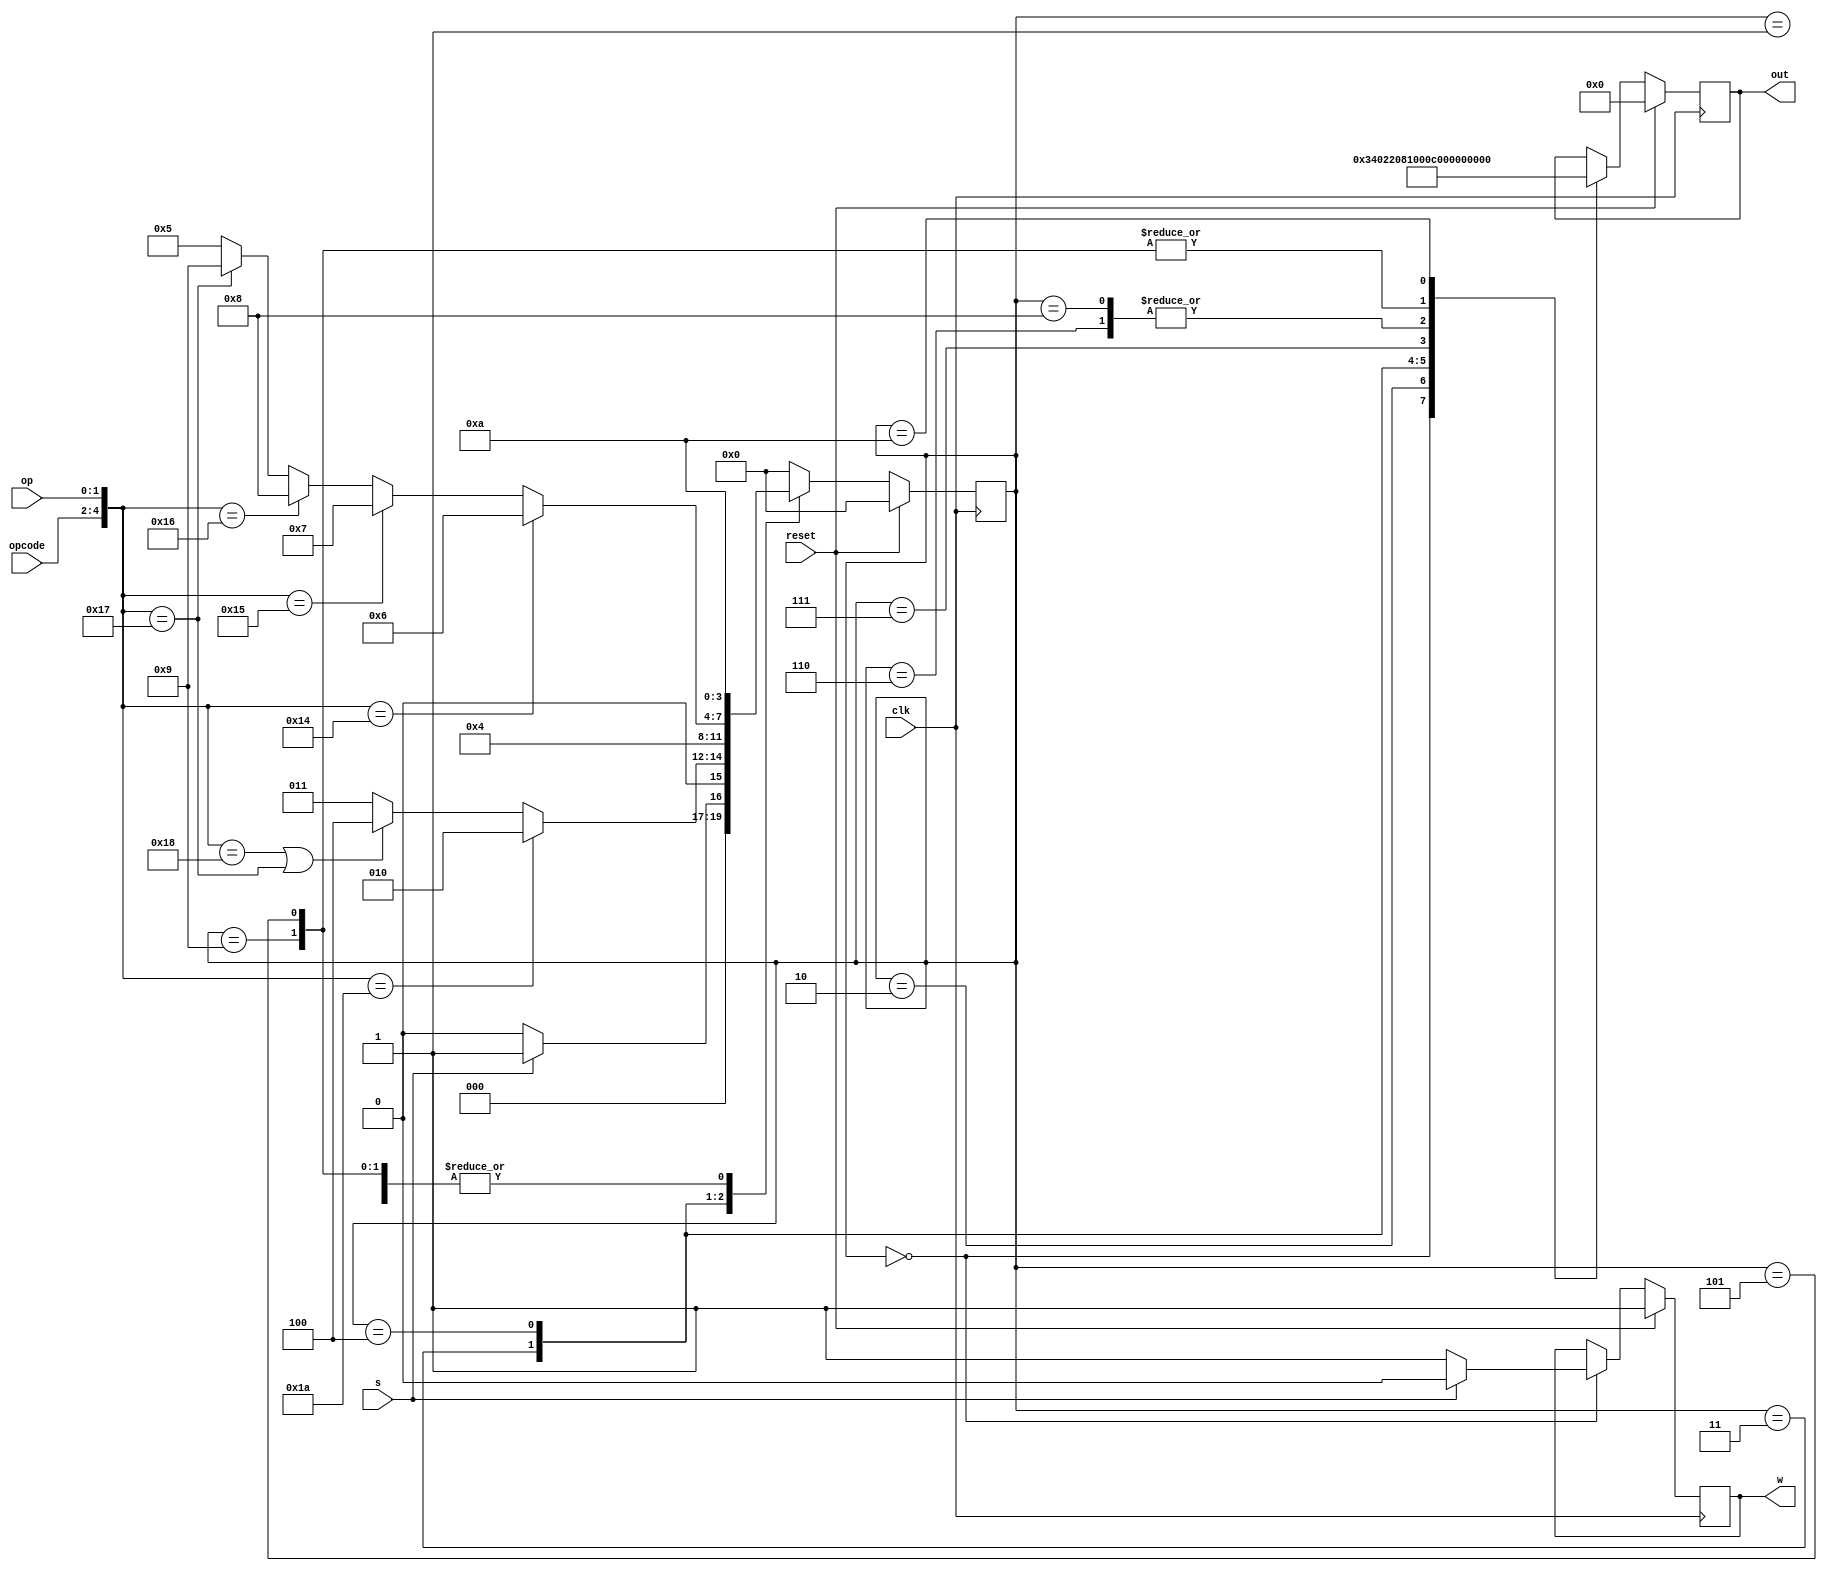

`define beginning_state 4'b0000
`define decode_state 4'b0001
`define mov_state 4'b0010
`define getnumA_state 4'b0011
`define getnumB_state 4'b0100
`define shift_state 4'b0101
`define add_operation 4'b0110
`define minus_operation 4'b0111
`define and_operation 4'b1000
`define what_operation 4'b1001
`define store_state 4'b1010

module SM(opcode, op, reset, clk, s, out, w);

	input [2:0] opcode;
	input [1:0] op;
	input reset;
	input clk;
	input s;
	
	output reg [11:0] out;
	output reg w;
	
	
	reg  [3:0]currentstate;
	reg  [3:0]nextstate;
	

	always @(posedge clk) begin
    if (reset) begin
      currentstate = `beginning_state;
      nextstate = `beginning_state;
      out = 12'b000000000000;	  //nsel(3),vsel(2),write(1),loada(1),loadb(1),loadc(1),loads(1),asel(1),bsel(1)
      w = 1'b1;
    end
    else begin
      case (currentstate)
        `beginning_state: if (s) begin
                nextstate = `decode_state;
				out = 12'b000000000000;	  //nsel(3),vsel(2),write(1),loada(1),loadb(1),loadc(1),loads(1),asel(1),bsel(1)
                w = 1'b0;
               end
               else begin
                 nextstate = `beginning_state;
				 out = 12'b000000000000;	  //nsel(3),vsel(2),write(1),loada(1),loadb(1),loadc(1),loads(1),asel(1),bsel(1)
                 w = 1'b1;
               end
        `decode_state: begin
                   if ({opcode,op} == 5'b11010) begin // Move immediate
                     nextstate = `mov_state;
                   end
                   else if (({opcode,op} == 5'b11000) | ({opcode,op} == 5'b10111)) begin // Move number shift  or make the number negative
                     nextstate = `getnumB_state;
                   end
                   else begin // Add, compare or and
                      nextstate = `getnumA_state;
                   end
                 end
        `mov_state: begin
					out = 12'b001_10_1_000000;	  //nsel(3),vsel(2),write(1),loada(1),loadb(1),loadc(1),loads(1),asel(1),bsel(1)
												// selects Rn as register to write in ; selects sximm8 as data_in to calculate
                     nextstate = `beginning_state;
                  end
        `getnumA_state: begin
				out = 12'b001_00_0_100000;	  //nsel(3),vsel(2),write(1),loada(1),loadb(1),loadc(1),loads(1),asel(1),bsel(1); selects Rn register
                 nextstate = `getnumB_state;
               end
        `getnumB_state: begin
				out = 12'b100_00_0_010000;   	  //nsel(3),vsel(2),write(1),loada(1),loadb(1),loadc(1),loads(1),asel(1),bsel(1); selects Rm register

                 if ({opcode,op} == 5'b10100) begin // add two number together
                   nextstate = `add_operation;
                 end
                 else if ({opcode,op} == 5'b10101) begin // compare
                   nextstate = `minus_operation;
                 end
                 else if ({opcode,op} == 5'b10110) begin // use add operation
                   nextstate = `and_operation;
                 end
                 else if ({opcode,op} == 5'b10111) begin //  negative
                   nextstate = `what_operation;
                 end
                 else begin // move shifted
                   nextstate = `shift_state;
                 end
               end
        `add_operation: begin
				out = 12'b000000001000; // selects A use the data in A register; selects B use the data in B register; nsel(3),vsel(2),write(1),loada(1),loadb(1),loadc(1),loads(1),asel(1),bsel(1)
                nextstate = `store_state;
              end
        `minus_operation: begin
				out = 12'b000000001100;// selects A use the data in A register; selects B use the data in B register; output status
                nextstate = `store_state;
              end
        `and_operation: begin
				out = 12'b000000001000; // selects A use the data in A register; selects B use the data in B register
                nextstate = `store_state;
              end
        `what_operation: begin
				out = 12'b000000001010; // selects zero; selects B use the data in B register
                nextstate = `store_state;
              end
        `shift_state: begin
				out = 12'b000000001010; // selects zero; selects B use the data in B register
                nextstate = `store_state;
                end
        `store_state: begin
				out = 12'b010001000000; // selects Rd; selects C to write the result
                     nextstate = `beginning_state;
                   end
         default: begin
                  currentstate = `beginning_state;
                  nextstate = `beginning_state;
                  end
      endcase
    end
    currentstate = nextstate;
  end
	

endmodule